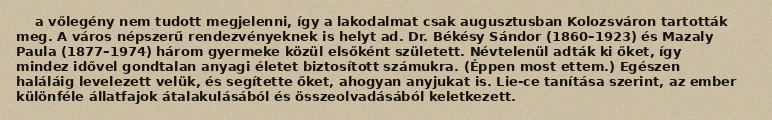
a vőlegény nem tudott megjelenni, így a lakodalmat csak augusztusban Kolozsváron tartották meg. A város népszerű rendezvényeknek is helyt ad. Dr. Békésy Sándor (1860–1923) és Mazaly Paula (1877–1974) három gyermeke közül elsőként született. Névtelenül adták ki őket, így mindez idővel gondtalan anyagi életet biztosított számukra. (Éppen most ettem.) Egészen haláláig levelezett velük, és segítette őket, ahogyan anyjukat is. Lie-ce tanítása szerint, az ember különféle állatfajok átalakulásából és összeolvadásából keletkezett.